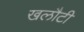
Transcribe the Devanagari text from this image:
खलौटी